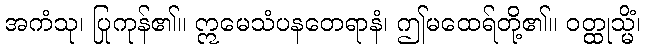
အကံသု၊ ပြုကုန်၏။ ဣမေသံပနတေရာနံ၊ ဤမထေရ်တို့၏။ ဝတ္ထုသ္မိံ၊